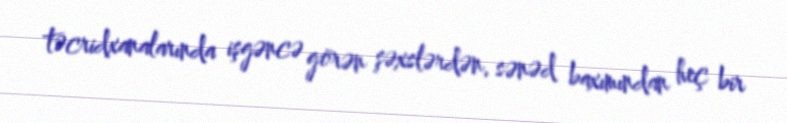
təcridxanalarında işgəncə görən şəxslərdən, sənəd baxımından heç bir